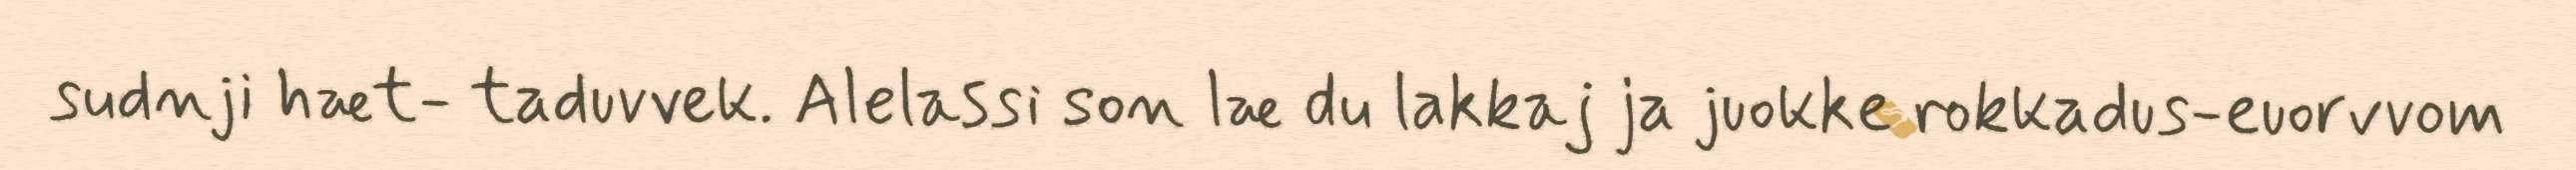
sudnji hæt- taduvvek. Alelassi son læ du lakkaj ja juokke rokkadus-euorvvom